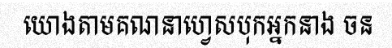
យោងតាមគណនាហ្វេសបុកអ្នកនាង ចន